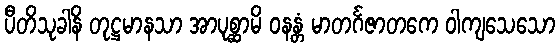
ပီတိသုခါနိ တုဋ္ဌမာနသာ အာပုစ္ဆာမိ ဝနန္တံ မာတင်္ဂဇာတကေ ဝါကျသေသော